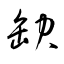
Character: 缺